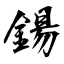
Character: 鍚